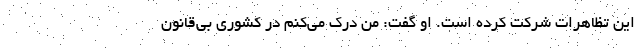
این تظاهرات شرکت کرده است. او گفت: من درک می‌کنم در کشوری بی‌قانون